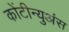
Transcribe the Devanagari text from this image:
कोंटीन्युअंस